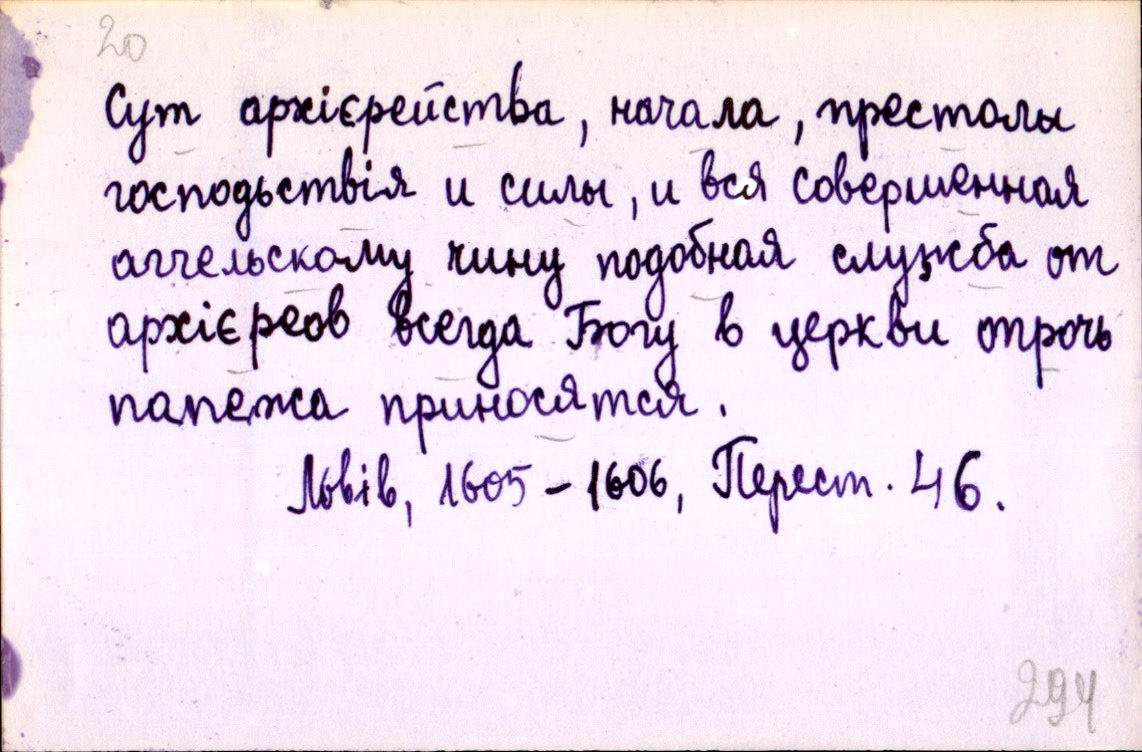
Сут архієрейства, начала, престолы
господьствія и силы, и вся совершенная
аггельскому чину подобная служба от
архієреов всегда Богу в церкви опрочь
папежа приносятся.
Львів, 1605-1606, Перест. 46.